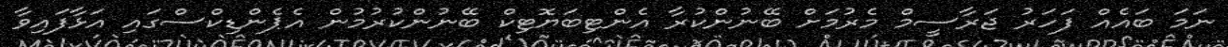
ނަމަ ބައެއް ފަހަރު ޖަރާސީމް މެރުމަށް ބޭނުންކުރާ އެންޓިބަޔޮޓިކް ބޭނުންކުރުމުން އެޕެންޑިކްސްގައި އަޅާފައިވާ